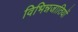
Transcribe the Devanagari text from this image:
विभिन्नजातियों